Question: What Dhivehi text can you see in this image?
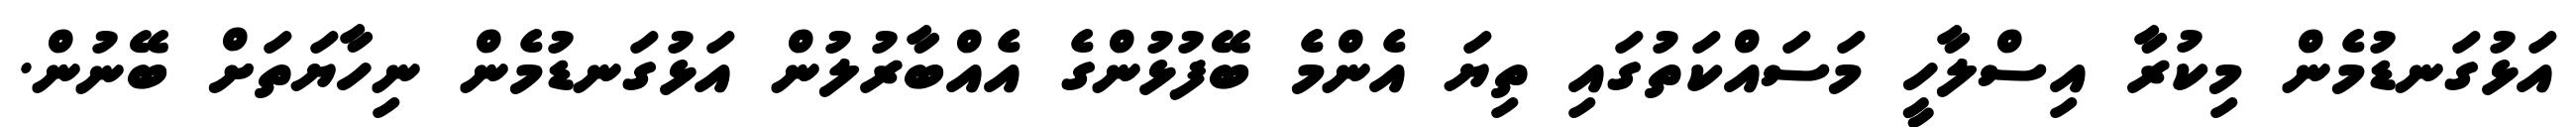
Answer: އަޅުގަނޑުމެން މިކުރާ އިސްލާހީ މަސައްކަތުގައި ތިޔަ އެންމެ ބޭފުޅުންގެ އެއްބާރުލުން އަޅުގަނޑުމެން ނިހާޔަތަށް ބޭނުން.